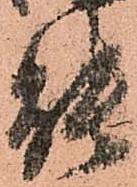
能